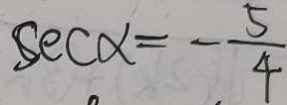
s e c \alpha = - \frac { 5 } { 4 }